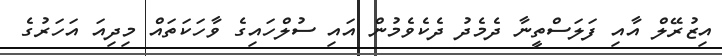
އިޒުރޭލް އާއި ފަލަސްތީނާ ދެމެދު ދެކެވެމުން އައި ސުލްހައިގެ ވާހަކަތައް މިދިއަ އަހަރުގެ